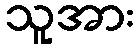
သူအား